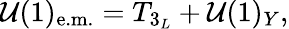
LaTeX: \mathcal{U}(1)_{\mathrm{{e.m.}}}=T_{3_{L}}+\mathcal{U}(1)_{Y},